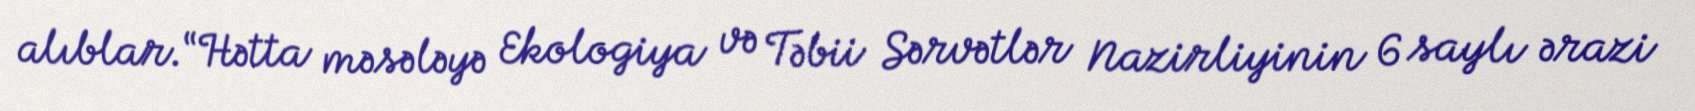
alıblar.“Hətta məsələyə Ekologiya və Təbii Sərvətlər Nazirliyinin 6 saylı ərazi